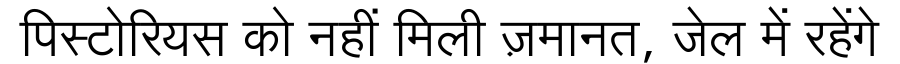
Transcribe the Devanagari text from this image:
पिस्टोरियस को नहीं मिली ज़मानत, जेल में रहेंगे